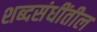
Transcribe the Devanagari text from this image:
शब्दसंधींतील